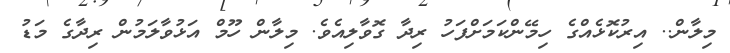
މިލާން.. އިރުކޮޅެއްގެ ހިމޭންކަމަށްފަހު ރިދާ ގޮވާލިއެވެ. މިލާން ހޫމް އަޅުވާލަމުން ރިދާގެ މަޑު